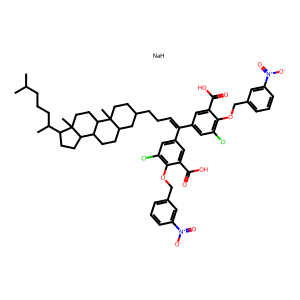
SMILES: CC(C)CCCC(C)C1CCC2C3CCC4CC(CCC=C(c5cc(Cl)c(OCc6cccc([N+](=O)[O-])c6)c(C(=O)O)c5)c5cc(Cl)c(OCc6cccc([N+](=O)[O-])c6)c(C(=O)O)c5)CCC4(C)C3CCC12C.[NaH]
Inhibits HIV replication: Yes